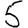
Digit: 5